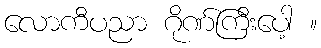
လောကီပညာ ဂိုဏ်ကြီးပေါ့ ။